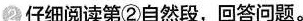
②仔细阅读第②自然段，回答问题。